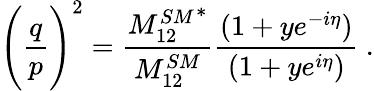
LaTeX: \Bigg(\frac{q}{p}\Bigg)^{2}=\frac{{M_{12}^{SM}}^{*}}{M_{12}^{SM}}\frac{(1+ye^{-i\eta})}{(1+ye^{i\eta})}\ .